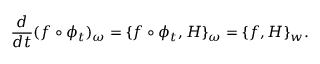
\frac { d } { d t } ( f \circ \phi _ { t } ) _ { \omega } = \{ f \circ \phi _ { t } , H \} _ { \omega } = \{ f , H \} _ { w } .